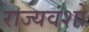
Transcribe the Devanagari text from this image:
राज्यवंशों